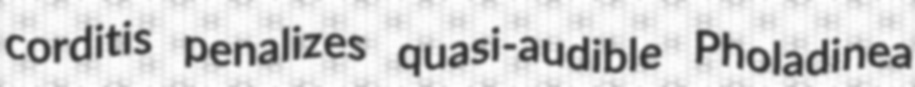
corditis penalizes quasi-audible Pholadinea